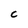
Character: C